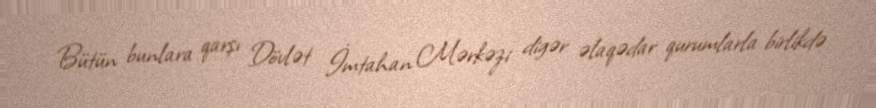
Bütün bunlara qarşı Dövlət İmtahan Mərkəzi digər əlaqədar qurumlarla birlikdə